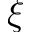
\xi